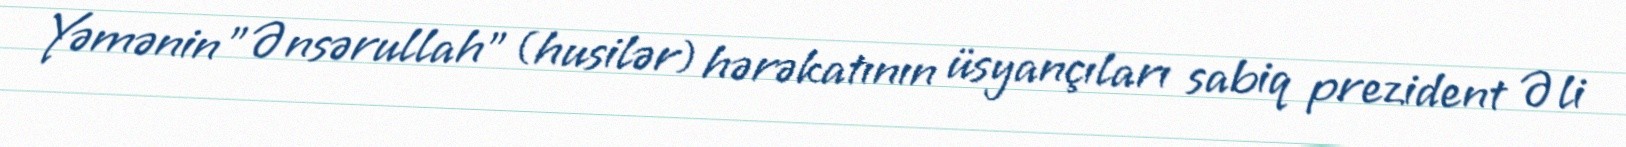
Yəmənin "Ənsərullah" (husilər) hərəkatının üsyançıları sabiq prezident Əli